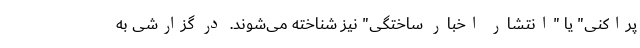
پراکنی" یا "انتشار اخبار ساختگی" نیز شناخته می‌شوند. در گزارشی به